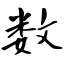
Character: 数